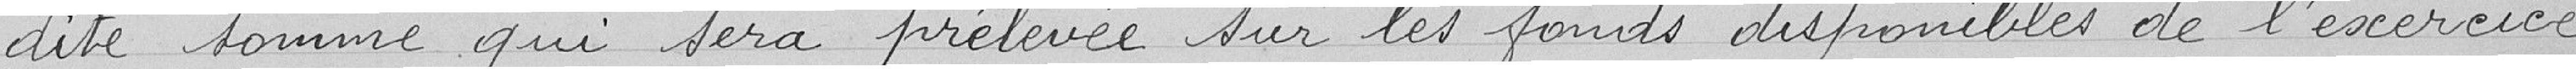
dite somme qui sera prélevée sur les fonds disponibles de l'exercice